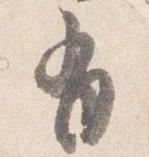
有